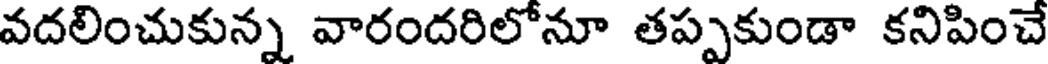
వదలించుకున్న వారందరిలోనూ తప్పకుండా కనిపించే